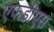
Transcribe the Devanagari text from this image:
एफडीएस